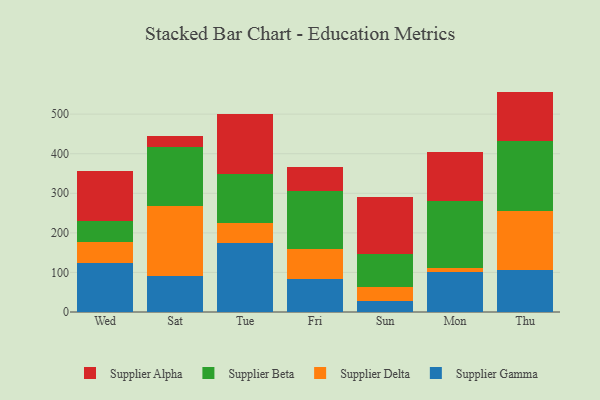
{"axis": {"x": "Day", "y": "Temperature (°C)"}, "legend": ["Supplier Alpha", "Supplier Beta", "Supplier Delta", "Supplier Gamma"], "data": [{"x": "Wed", "y": 124.7, "type": "Supplier Gamma"}, {"x": "Wed", "y": 51.3, "type": "Supplier Delta"}, {"x": "Wed", "y": 53.5, "type": "Supplier Beta"}, {"x": "Wed", "y": 126.0, "type": "Supplier Alpha"}, {"x": "Sat", "y": 91.0, "type": "Supplier Gamma"}, {"x": "Sat", "y": 176.6, "type": "Supplier Delta"}, {"x": "Sat", "y": 149.7, "type": "Supplier Beta"}, {"x": "Sat", "y": 27.5, "type": "Supplier Alpha"}, {"x": "Tue", "y": 173.8, "type": "Supplier Gamma"}, {"x": "Tue", "y": 51.7, "type": "Supplier Delta"}, {"x": "Tue", "y": 122.3, "type": "Supplier Beta"}, {"x": "Tue", "y": 151.6, "type": "Supplier Alpha"}, {"x": "Fri", "y": 82.2, "type": "Supplier Gamma"}, {"x": "Fri", "y": 77.5, "type": "Supplier Delta"}, {"x": "Fri", "y": 146.7, "type": "Supplier Beta"}, {"x": "Fri", "y": 60.5, "type": "Supplier Alpha"}, {"x": "Sun", "y": 28.7, "type": "Supplier Gamma"}, {"x": "Sun", "y": 33.4, "type": "Supplier Delta"}, {"x": "Sun", "y": 84.4, "type": "Supplier Beta"}, {"x": "Sun", "y": 143.8, "type": "Supplier Alpha"}, {"x": "Mon", "y": 101.5, "type": "Supplier Gamma"}, {"x": "Mon", "y": 10.5, "type": "Supplier Delta"}, {"x": "Mon", "y": 167.3, "type": "Supplier Beta"}, {"x": "Mon", "y": 124.3, "type": "Supplier Alpha"}, {"x": "Thu", "y": 105.9, "type": "Supplier Gamma"}, {"x": "Thu", "y": 149.9, "type": "Supplier Delta"}, {"x": "Thu", "y": 176.8, "type": "Supplier Beta"}, {"x": "Thu", "y": 124.4, "type": "Supplier Alpha"}]}